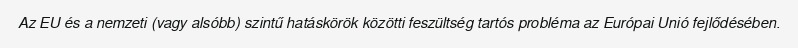
Az EU és a nemzeti (vagy alsóbb) szintű hatáskörök közötti feszültség tartós probléma az Európai Unió fejlődésében.